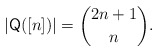
\begin{align*}|\mathsf{Q}([n])| = \binom{2n+1}{n}.\end{align*}